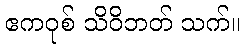
ဧကဝုစ် သိဝိဘတ် သက်။